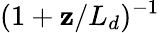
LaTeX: (1+\mathbf{z}/L_{d})^{-1}